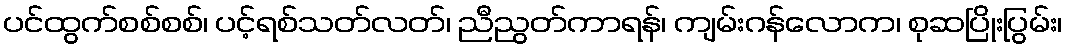
ပင်ထွက်စစ်စစ်၊ ပင့်ရစ်သတ်လတ်၊ ညီညွတ်ကာရန်၊ ကျမ်းဂန်လောက၊ စုဆပြိုးပြွမ်း၊